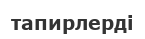
тапирлерді